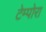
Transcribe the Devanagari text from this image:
टेम्पोरा